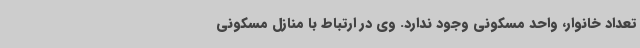
تعداد خانوار، واحد مسکونی وجود ندارد. وی در ارتباط با منازل مسکونی